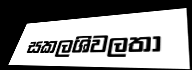
සකලශිවලතා